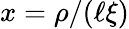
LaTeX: x=\rho/(\ell\xi)